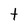
Character: t